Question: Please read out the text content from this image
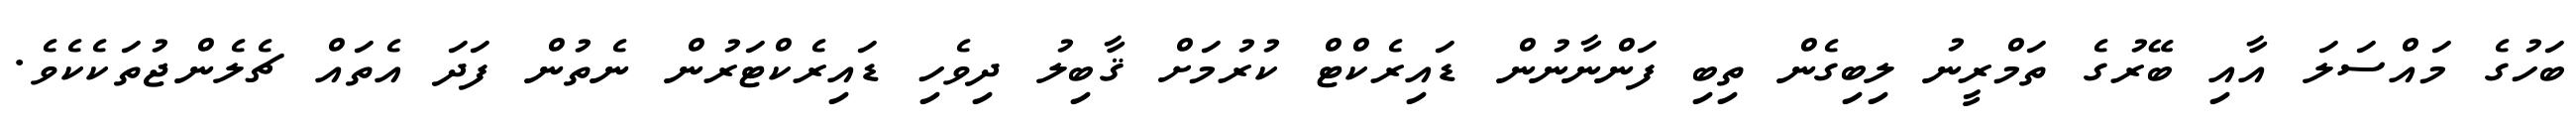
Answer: ބަހުގެ މައްސަލަ އާއި ބޭރުގެ ތަމްރީނު ލިބިގެން ތިބި ފަންނާނުން ޑައިރެކްޓް ކުރުމަށް ޤާބިލު ދިވެހި ޑައިރެކްޓަރުން ނެތުން ފަދަ އެތައް ޗެލެންޖުތަކެކެވެ.